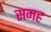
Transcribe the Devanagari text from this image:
समह